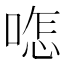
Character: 𠷿